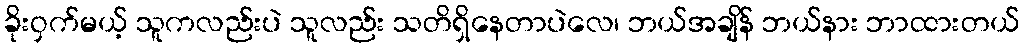
ခိုးဝှက်မယ့် သူကလည်းပဲ သူလည်း သတိရှိနေတာပဲလေ၊ ဘယ်အချိန် ဘယ်နား ဘာထားတယ်